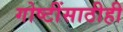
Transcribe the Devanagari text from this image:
गोष्टींसाठीही